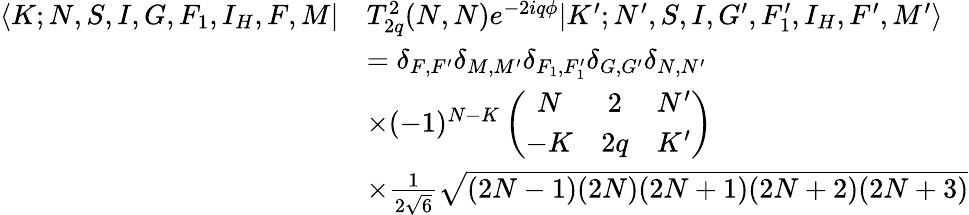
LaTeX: \begin{array}{rl}{\langle K;N,S,I,G,F_{1},I_{H},F,M|}&{T_{2q}^{2}(N,N)e^{-2iq\phi}|K^{\prime};N^{\prime},S,I,G^{\prime},F_{1}^{\prime},I_{H},F^{\prime},M^{\prime}\rangle}\\ &{=\delta_{F,F^{\prime}}\delta_{M,M^{\prime}}\delta_{F_{1},F_{1}^{\prime}}\delta_{G,G^{\prime}}\delta_{N,N^{\prime}}}\\ &{\times(-1)^{N-K}\left(\begin{array}{ccc}{N}&{2}&{N^{\prime}}\\ {-K}&{2q}&{K^{\prime}}\end{array}\right)}\\ &{\times\frac{1}{2\sqrt{6}}\sqrt{(2N-1)(2N)(2N+1)(2N+2)(2N+3)}}\end{array}